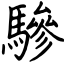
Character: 驂